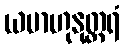
ယမာဟုနုတ္တရံ